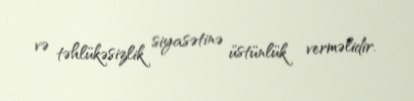
və təhlükəsizlik siyasətinə üstünlük verməlidir.